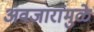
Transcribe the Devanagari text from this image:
अवजारांमुळे